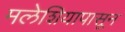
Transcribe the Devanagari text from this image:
मलेशियापासून